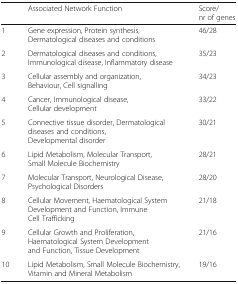
|  | Associated Network Function | Score/nr of genes |
 | --- | --- | --- |
 | 1 | Gene expression, Protein synthesis, Dermatological diseases and conditions | 46/28 |
 | 2 | Dermatological diseases and conditions, Immunological disease, Inflammatory disease | 35/23 |
 | 3 | Cellular assembly and organization, Behaviour, Cell signalling | 34/23 |
 | 4 | Cancer, Immunological disease, Cellular development | 33/22 |
 | 5 | Connective tissue disorder, Dermatological diseases and conditions, Developmental disorder | 30/21 |
 | 6 | Lipid Metabolism, Molecular Transport, Small Molecule Biochemistry | 28/21 |
 | 7 | Molecular Transport, Neurological Disease, Psychological Disorders | 28/20 |
 | 8 | Cellular Movement, Haematological System Development and Function, Immune Cell Trafficking | 21/18 |
 | 9 | Cellular Growth and Proliferation, Haematological System Development and Function, Tissue Development | 21/16 |
 | 10 | Lipid Metabolism, Small Molecule Biochemistry, Vitamin and Mineral Metabolism | 19/16 |